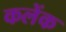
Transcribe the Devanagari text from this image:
कलेंक